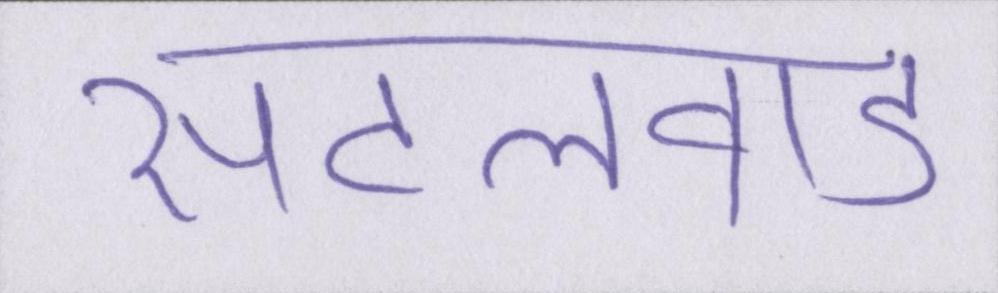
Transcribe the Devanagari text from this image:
सेटलवाड